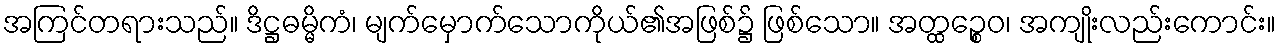
အကြင်တရားသည်။ ဒိဋ္ဌဓမ္မိကံ၊ မျက်မှောက်သောကိုယ်၏အဖြစ်၌ ဖြစ်သော။ အတ္ထဉ္စေဝ၊ အကျိုးလည်းကောင်း။